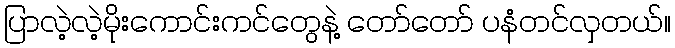
ပြာလဲ့လဲ့မိုးကောင်းကင်တွေနဲ့ တော်တော် ပနံတင်လှတယ်။